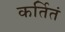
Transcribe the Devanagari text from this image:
कर्तितं